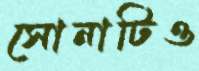
সোনাটিও